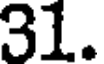
31.